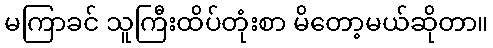
မကြာခင် သူကြီးထိပ်တုံးစာ မိတော့မယ်ဆိုတာ။